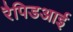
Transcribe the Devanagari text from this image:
रैपिडआई